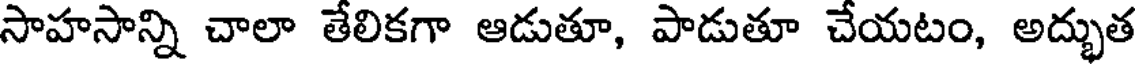
సాహసాన్ని చాలా తేలికగా ఆడుతూ, పాడుతూ చేయటం, అద్భుత